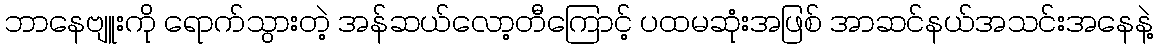
ဘာနေဗျူးကို ရောက်သွားတဲ့ အန်ဆယ်လော့တီကြောင့် ပထမဆုံးအဖြစ် အာဆင်နယ်အသင်းအနေနဲ့